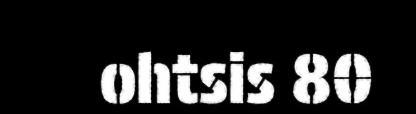
ohtsis 80